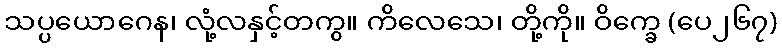
သပ္ပယောဂေန၊ လုံ့လနှင့်တကွ။ ကိလေသေ၊ တို့ကို။ ဝိက္ခေ (ပေ၂၆၇)